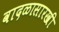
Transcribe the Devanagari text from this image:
वादळासारखी